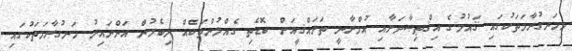
މިހަނގުރާމަތަކުގައި ޤައުމުގެ އިޤްޠިޞާދަށާއި އުމްރާނީ ތަރައްޤީއަށް ބޮޑެތި ގެއްލުންތަކެއް ލިބެމުން އަންނައިރު ހަނގުރާމަތަކުގައި